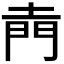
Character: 𮤇